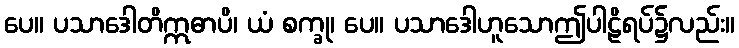
ပေ။ ပသာဒေါတိဣဓာပိ၊ ယံ စက္ခု၊ ပေ။ ပသာဒေါဟူသောဤပါဠိရပ်၌လည်း။